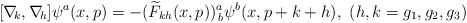
\begin{align*}[\nabla\!_k,\nabla\!_h]\psi^a(x,p)=-(\widetilde F_{kh}(x,p))^a_{\,b}\psi^b(x,p+k+h),\ (h,k=g_1,g_2,g_3)\end{align*}